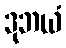
ဒုဘယံ